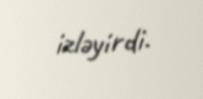
izləyirdi.